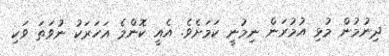
ދިނުމުން މުޅި އުމުރަން ނިމުނީ ކަމަށެވެ. އެއީ ކޮންމެ އަހަރަކު ނުވަތަ ވަކި